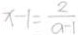
x - 1 = \frac { 2 } { a - 1 }